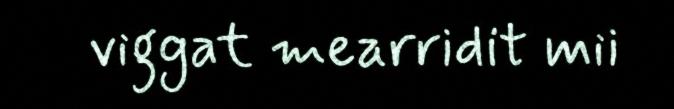
viggat mearridit mii